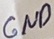
Text: GND